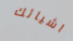
اشيائك